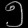
Digit: ၅